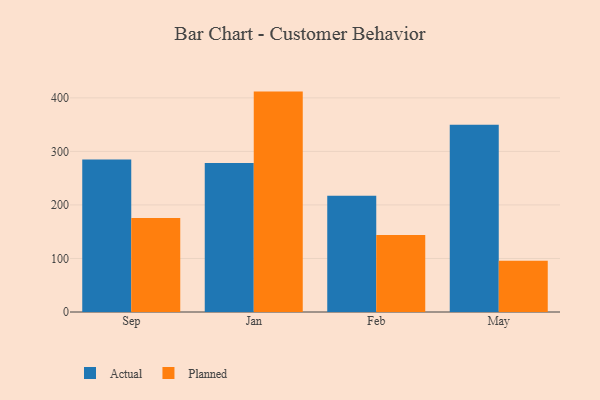
{"axis": {"x": "Month", "y": "Customer Acquisition Cost (USD)"}, "legend": ["Actual", "Planned"], "data": [{"x": "Sep", "y": 285.0, "type": "Actual"}, {"x": "Sep", "y": 175.6, "type": "Planned"}, {"x": "Jan", "y": 278.3, "type": "Actual"}, {"x": "Jan", "y": 411.7, "type": "Planned"}, {"x": "Feb", "y": 217.2, "type": "Actual"}, {"x": "Feb", "y": 143.9, "type": "Planned"}, {"x": "May", "y": 349.8, "type": "Actual"}, {"x": "May", "y": 95.6, "type": "Planned"}]}